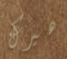
هيرك